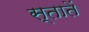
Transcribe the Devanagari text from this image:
स्तातें